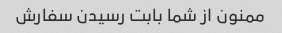
ممنون از شما بابت رسیدن سفارش